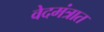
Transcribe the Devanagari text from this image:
वेदमंत्रात